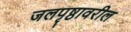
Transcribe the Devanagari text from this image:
जलपृष्ठावरील